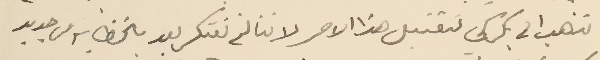
نذهب الى بكركي لتقتبل هذا الامر لاننا لم نفتكر بعد بالخطابة من جديد